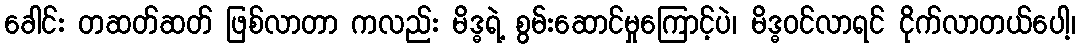
ခေါင်း တဆတ်ဆတ် ဖြစ်လာတာ ကလည်း မိဒ္ဓရဲ့ စွမ်းဆောင်မှုကြောင့်ပဲ၊ မိဒ္ဓဝင်လာရင် ငိုက်လာတယ်ပေါ့၊